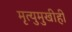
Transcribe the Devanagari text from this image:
मृत्युमुखीही